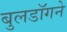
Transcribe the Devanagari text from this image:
बुलडॉगने